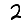
Digit: 2